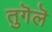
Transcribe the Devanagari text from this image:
तुगॆलॆ